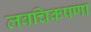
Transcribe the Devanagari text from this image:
लवचिकपणा